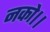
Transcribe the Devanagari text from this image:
नको।।